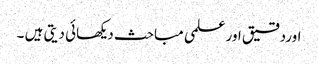
اوردقیق اور علمی مباحث دیکھائی دیتی ہیں ۔